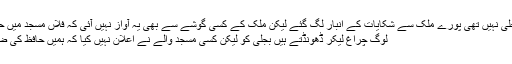
کل اور آج بجلی نہیں تھی پورے ملک سے شکایات کے انبار لگ گئے لیکن ملک کے کسی گوشے سے بھی یہ آواز نہیں آئی کہ فلاں مسجد میں حافظ نہیں ہے
لوگ چراغ لیکر ڈھونڈتے ہیں بجلی کو لیکن کسی مسجد والے نے اعلان نہیں کیا کہ ہمیں حافظ کی ضرورت ہے ۔